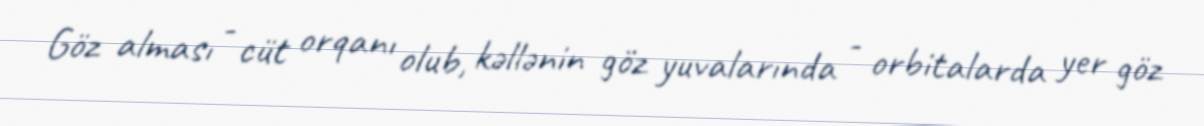
Göz alması - cüt orqanı olub, kəllənin göz yuvalarında - orbitalarda yer göz